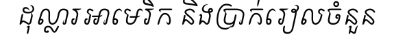
ដុល្លារអាមេរិក និងប្រាក់រៀលចំនួន